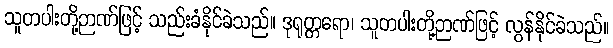
သူတပါးတို့ဉာဏ်ဖြင့် သည်းခံနိုင်ခဲသည်။ ဒုရုတ္တရော၊ သူတပါးတို့ဉာဏ်ဖြင့် လွန်နိုင်ခဲသည်။